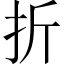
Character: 折